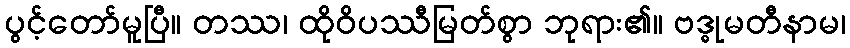
ပွင့်တော်မူပြီ။ တဿ၊ ထိုဝိပဿီမြတ်စွာ ဘုရား၏။ ဗဒ္ဓုမတီနာမ၊